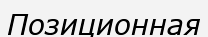
Позиционная